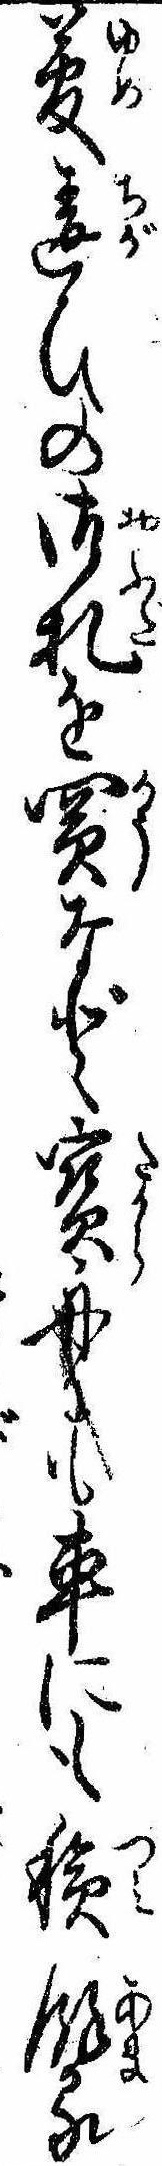
夢違ひの御札を買など宝舟にも車にも積余る